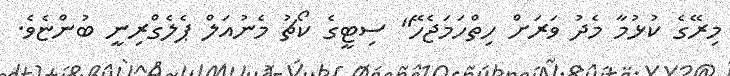
މިރޭގެ ކުޅުމާ މެދު ވަރަށް ހިތްހަމަޖެހޭ" ސިޓީގެ ކޯޗު މެނުއަލް ޕެލެގްރިނީ ބުންޏެވެ.